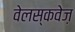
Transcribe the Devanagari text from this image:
वेलस्कवेज़